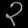
Digit: ၃